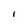
Character: I